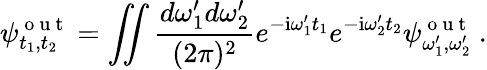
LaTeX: \psi_{t_{1},t_{2}}^{\mathrm{~o~u~t~}}=\iint\frac{d\omega_{1}^{\prime}d\omega_{2}^{\prime}}{(2\pi)^{2}}e^{-\mathrm{i}\omega_{1}^{\prime}t_{1}}e^{-\mathrm{i}\omega_{2}^{\prime}t_{2}}\psi_{\omega_{1}^{\prime},\omega_{2}^{\prime}}^{\mathrm{~o~u~t~}}\: .